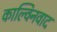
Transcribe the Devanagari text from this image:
काल्विनवाद